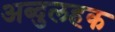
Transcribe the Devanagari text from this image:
अब्दुलहक